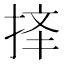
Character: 𱠆